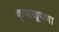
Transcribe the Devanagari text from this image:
कृपाळूपणा